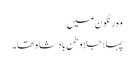
وہ رنگون میں
پہلا جلا وطن بادشاہ تھا۔